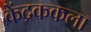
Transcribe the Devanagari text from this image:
केंद्रककला